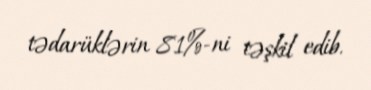
tədarüklərin 81%-ni təşkil edib.